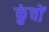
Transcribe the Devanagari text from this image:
क्रुंचों